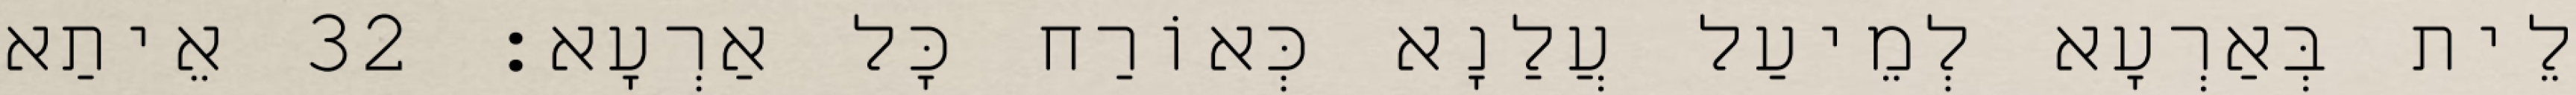
לֵית בְּאַרְעָא לְמֵיעַל עֲלַנָא כְּאוֹרַח כָּל אַרְעָא׃ 32 אֵיתַא